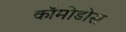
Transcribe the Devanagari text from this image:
कॉमोडोस